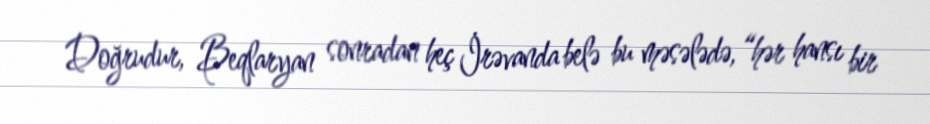
Doğrudur, Beqlaryan sonradan heç İrəvanda belə bu məsələdə, “hər hansı bir